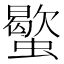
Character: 𧓃